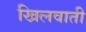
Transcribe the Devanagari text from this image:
खिलवाती